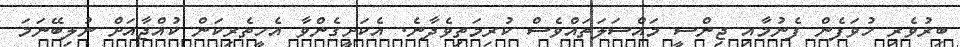
ބިރުވެރި ހުވަފެން ފެނުމާއި ޖިންސީ މައްސަލަތައްވެސް ކުރިމަތިވެދާނެ. އެކަށީގެންވާ އެހީތެރިކަން ކުއްޖާއަށް ނުލިބޭނަމަ